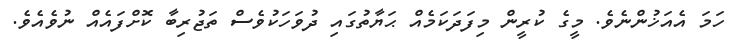
ހަމަ އެއަޚުންނެވެ. މީގެ ކުރީން މިފަދަކަމެއް ޙަޔާތުގައި ދުވަހަކުވެސް ތަޖުރިބާ ކޮށްފައެއް ނުވެއެވެ.